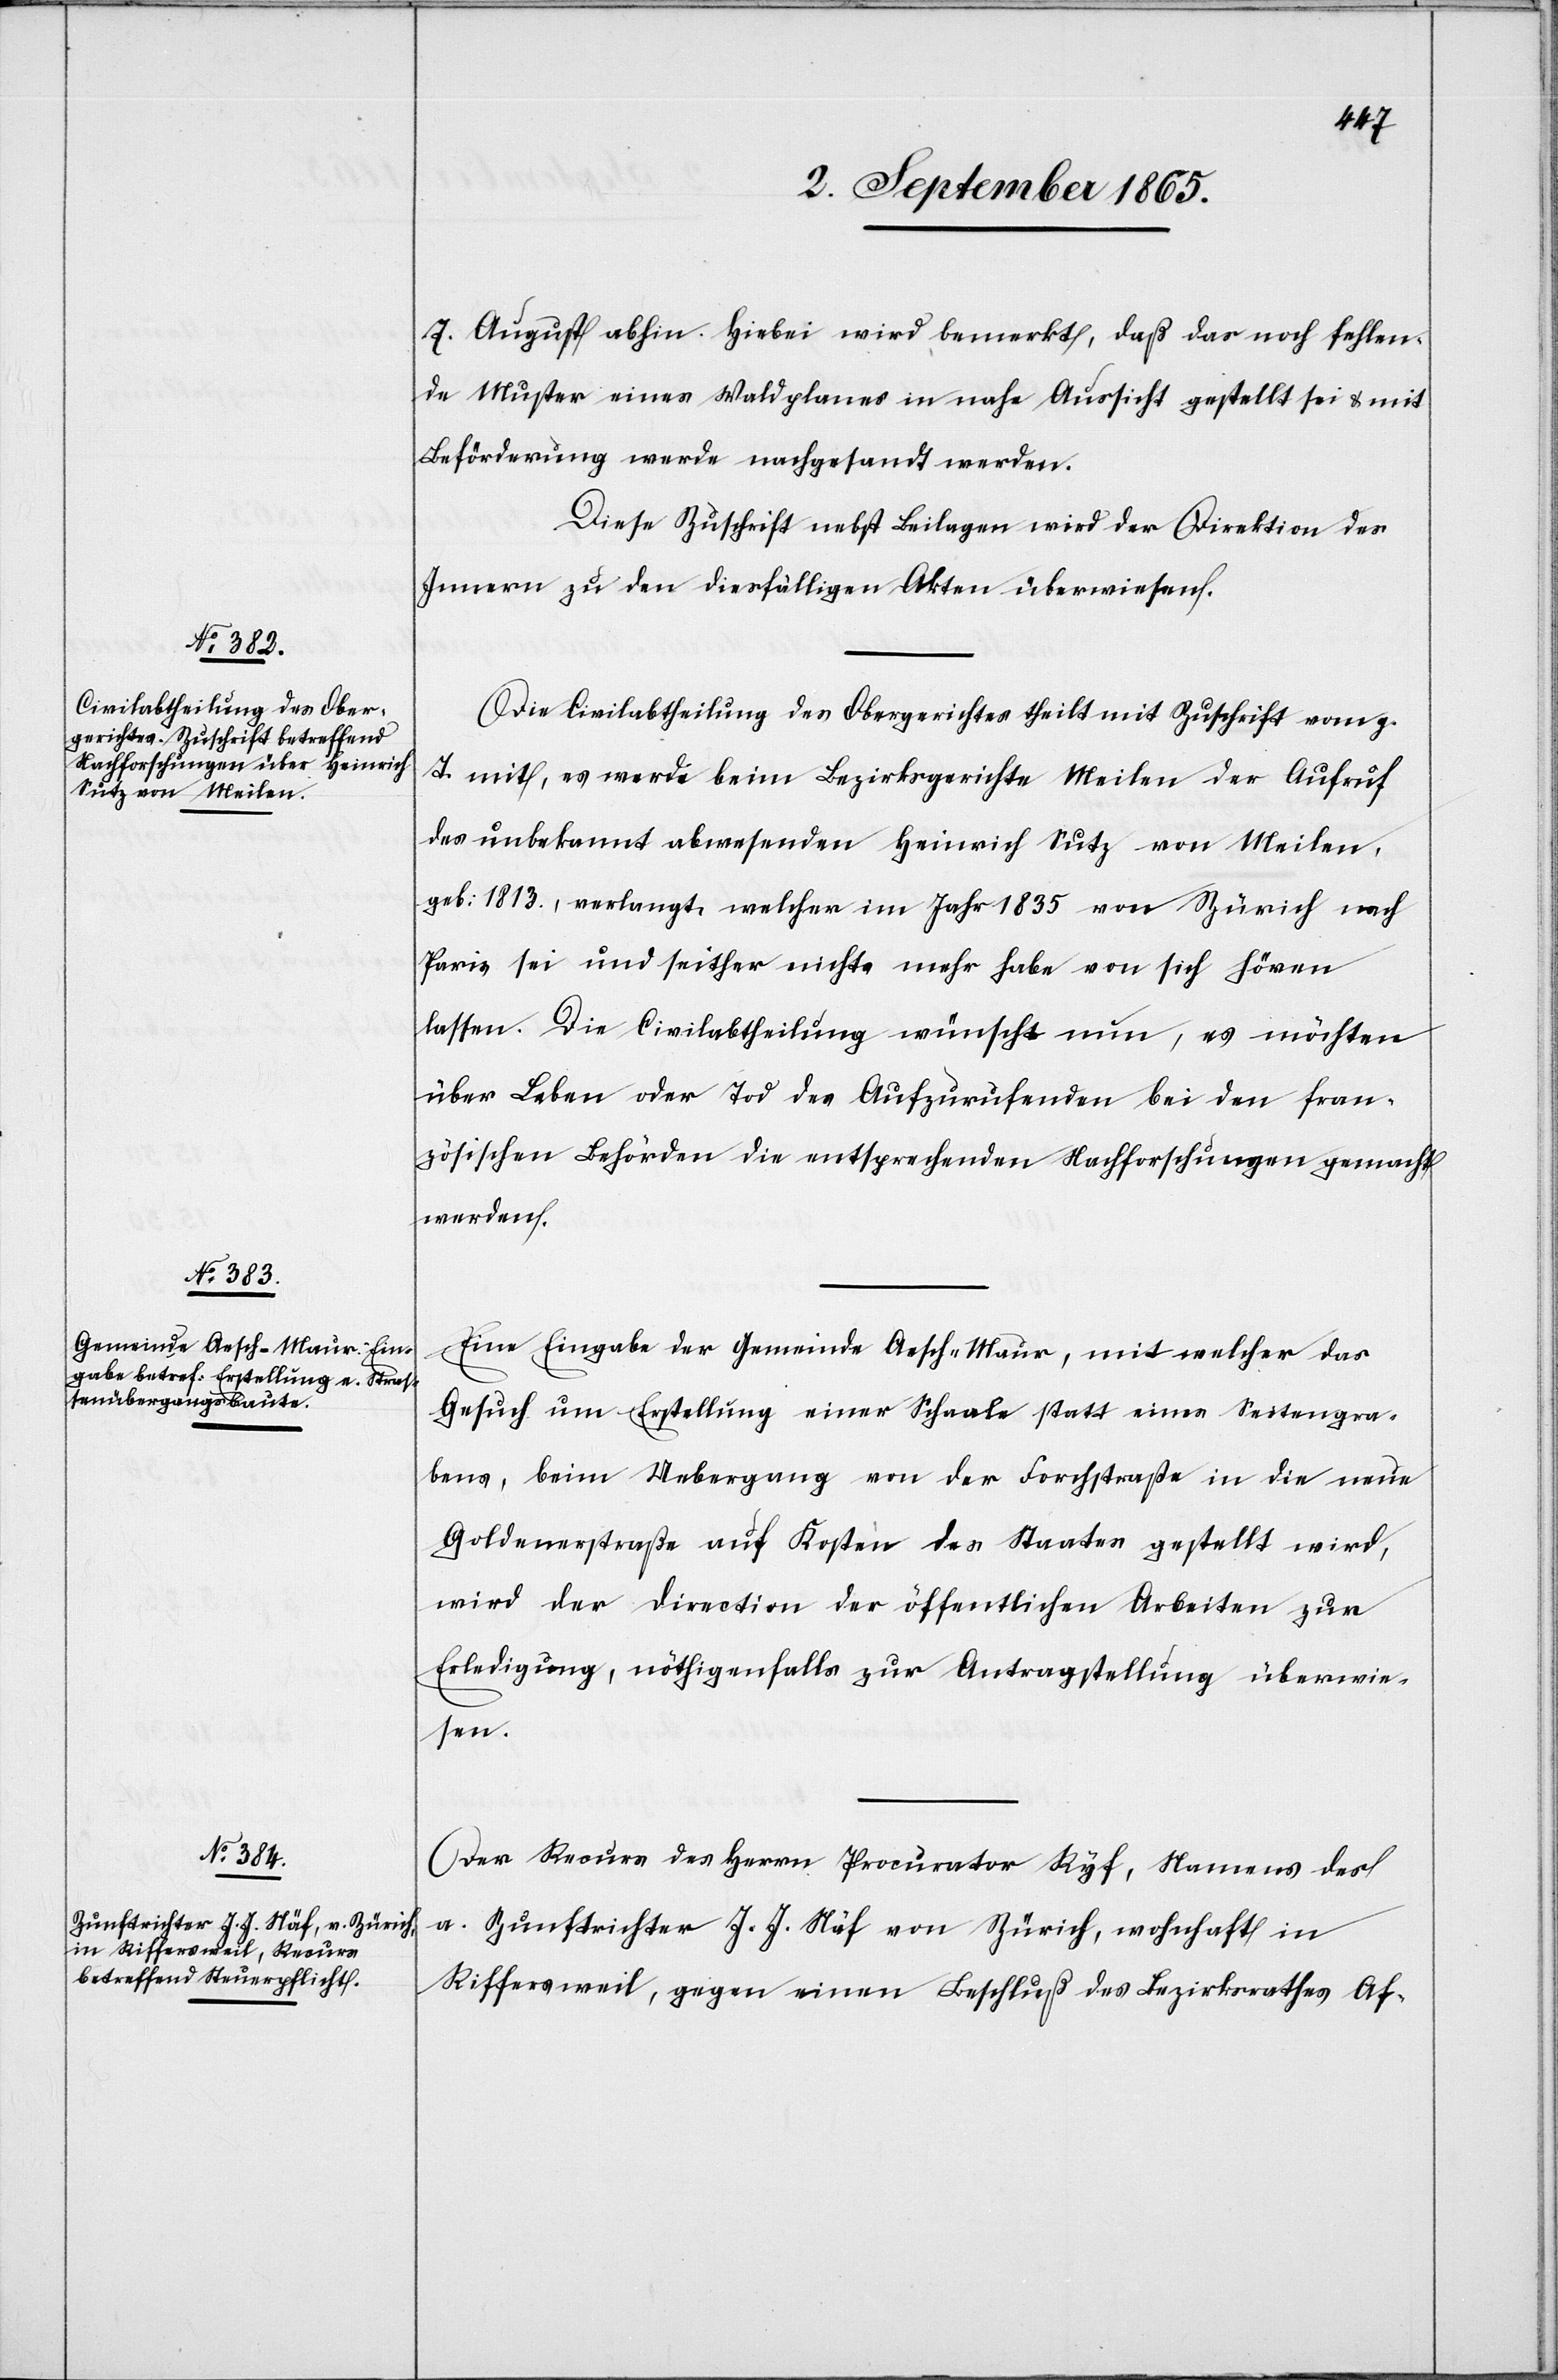
5. September 1865.]
7. August abhin. Hiebei wird bemerkt, daß das noch fehlen¬
de Muster eines Waldplanes in nahe Aussicht gestellt sei u. mit
Beförderung werde nachgesucht werden.
Diese Zuschrift nebst Beilagen wird der Direktion des
Innern zu den diesfälligen Akten überwiesen.
Die Civilabtheilung des Obergerichtes theilt mit Zuschrift vom g.
T. mit, es werde beim Bezirksgerichte Meilen der Aufruf
des unbekannt abwesenden Heinrich Sutz von Meilen,
geb: 1813., verlangt, welcher im Jahr 1835 von Zürich nach
Paris sei und seither nichts mehr habe von sich hören
lassen. Die Civilabtheilung wünscht nun, es möchten
über Leben oder Tod des Aufzurufenden bei den fran¬
zösischen Behörden die entsprechenden Nachforschungen gemacht
werden.
Eine Eingabe der Gemeinde Aesch-Maur, mit welcher das
Gesuch um Erstellung einer Schaale statt eines Seitengra¬
bens, beim Uebergang von der Forchstraße in die neue
Goldenerstraße auf Kosten des Staates gestellt wird,
wird der Direction der öffentlichen Arbeiten zur
Erledigung, nöthigenfalls zur Antragstellung überwie¬
sen.
Der Recurs des Herrn Procurator Ryf, Namens des
a. Zunftrichter J. J. Näf von Zürich, wohnhaft in
Riffersweil, gegen einen Beschluß des Bezirksrathes Af-